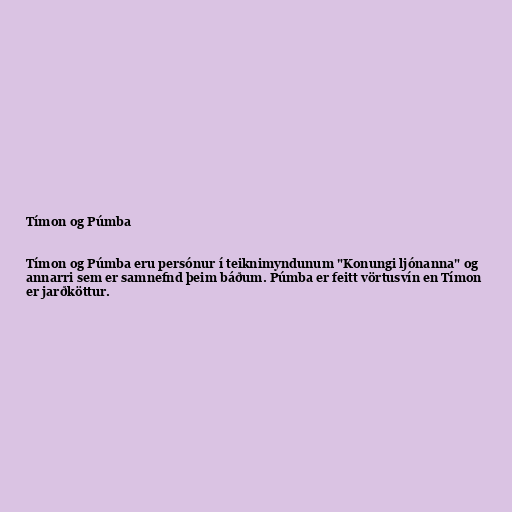
Tímon og Púmba

Tímon og Púmba eru persónur í teiknimyndunum "Konungi ljónanna" og
annarri sem er samnefnd þeim báðum. Púmba er feitt vörtusvín en Tímon
er jarðköttur.